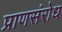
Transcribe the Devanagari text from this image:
प्राणसंरोध